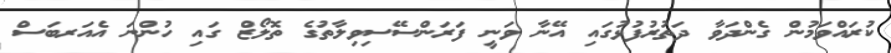
ކުރައްވަމުން ގެންދަވާ ދަތުރުފުޅުގައި އޭނާ ވަނީ ފަރަންސޭސިވިލާތުގެ ތޮލޯޒް ގައި ހުންނަ އެއަރބަސް